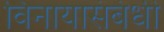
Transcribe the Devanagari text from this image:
विनायासंबंधी